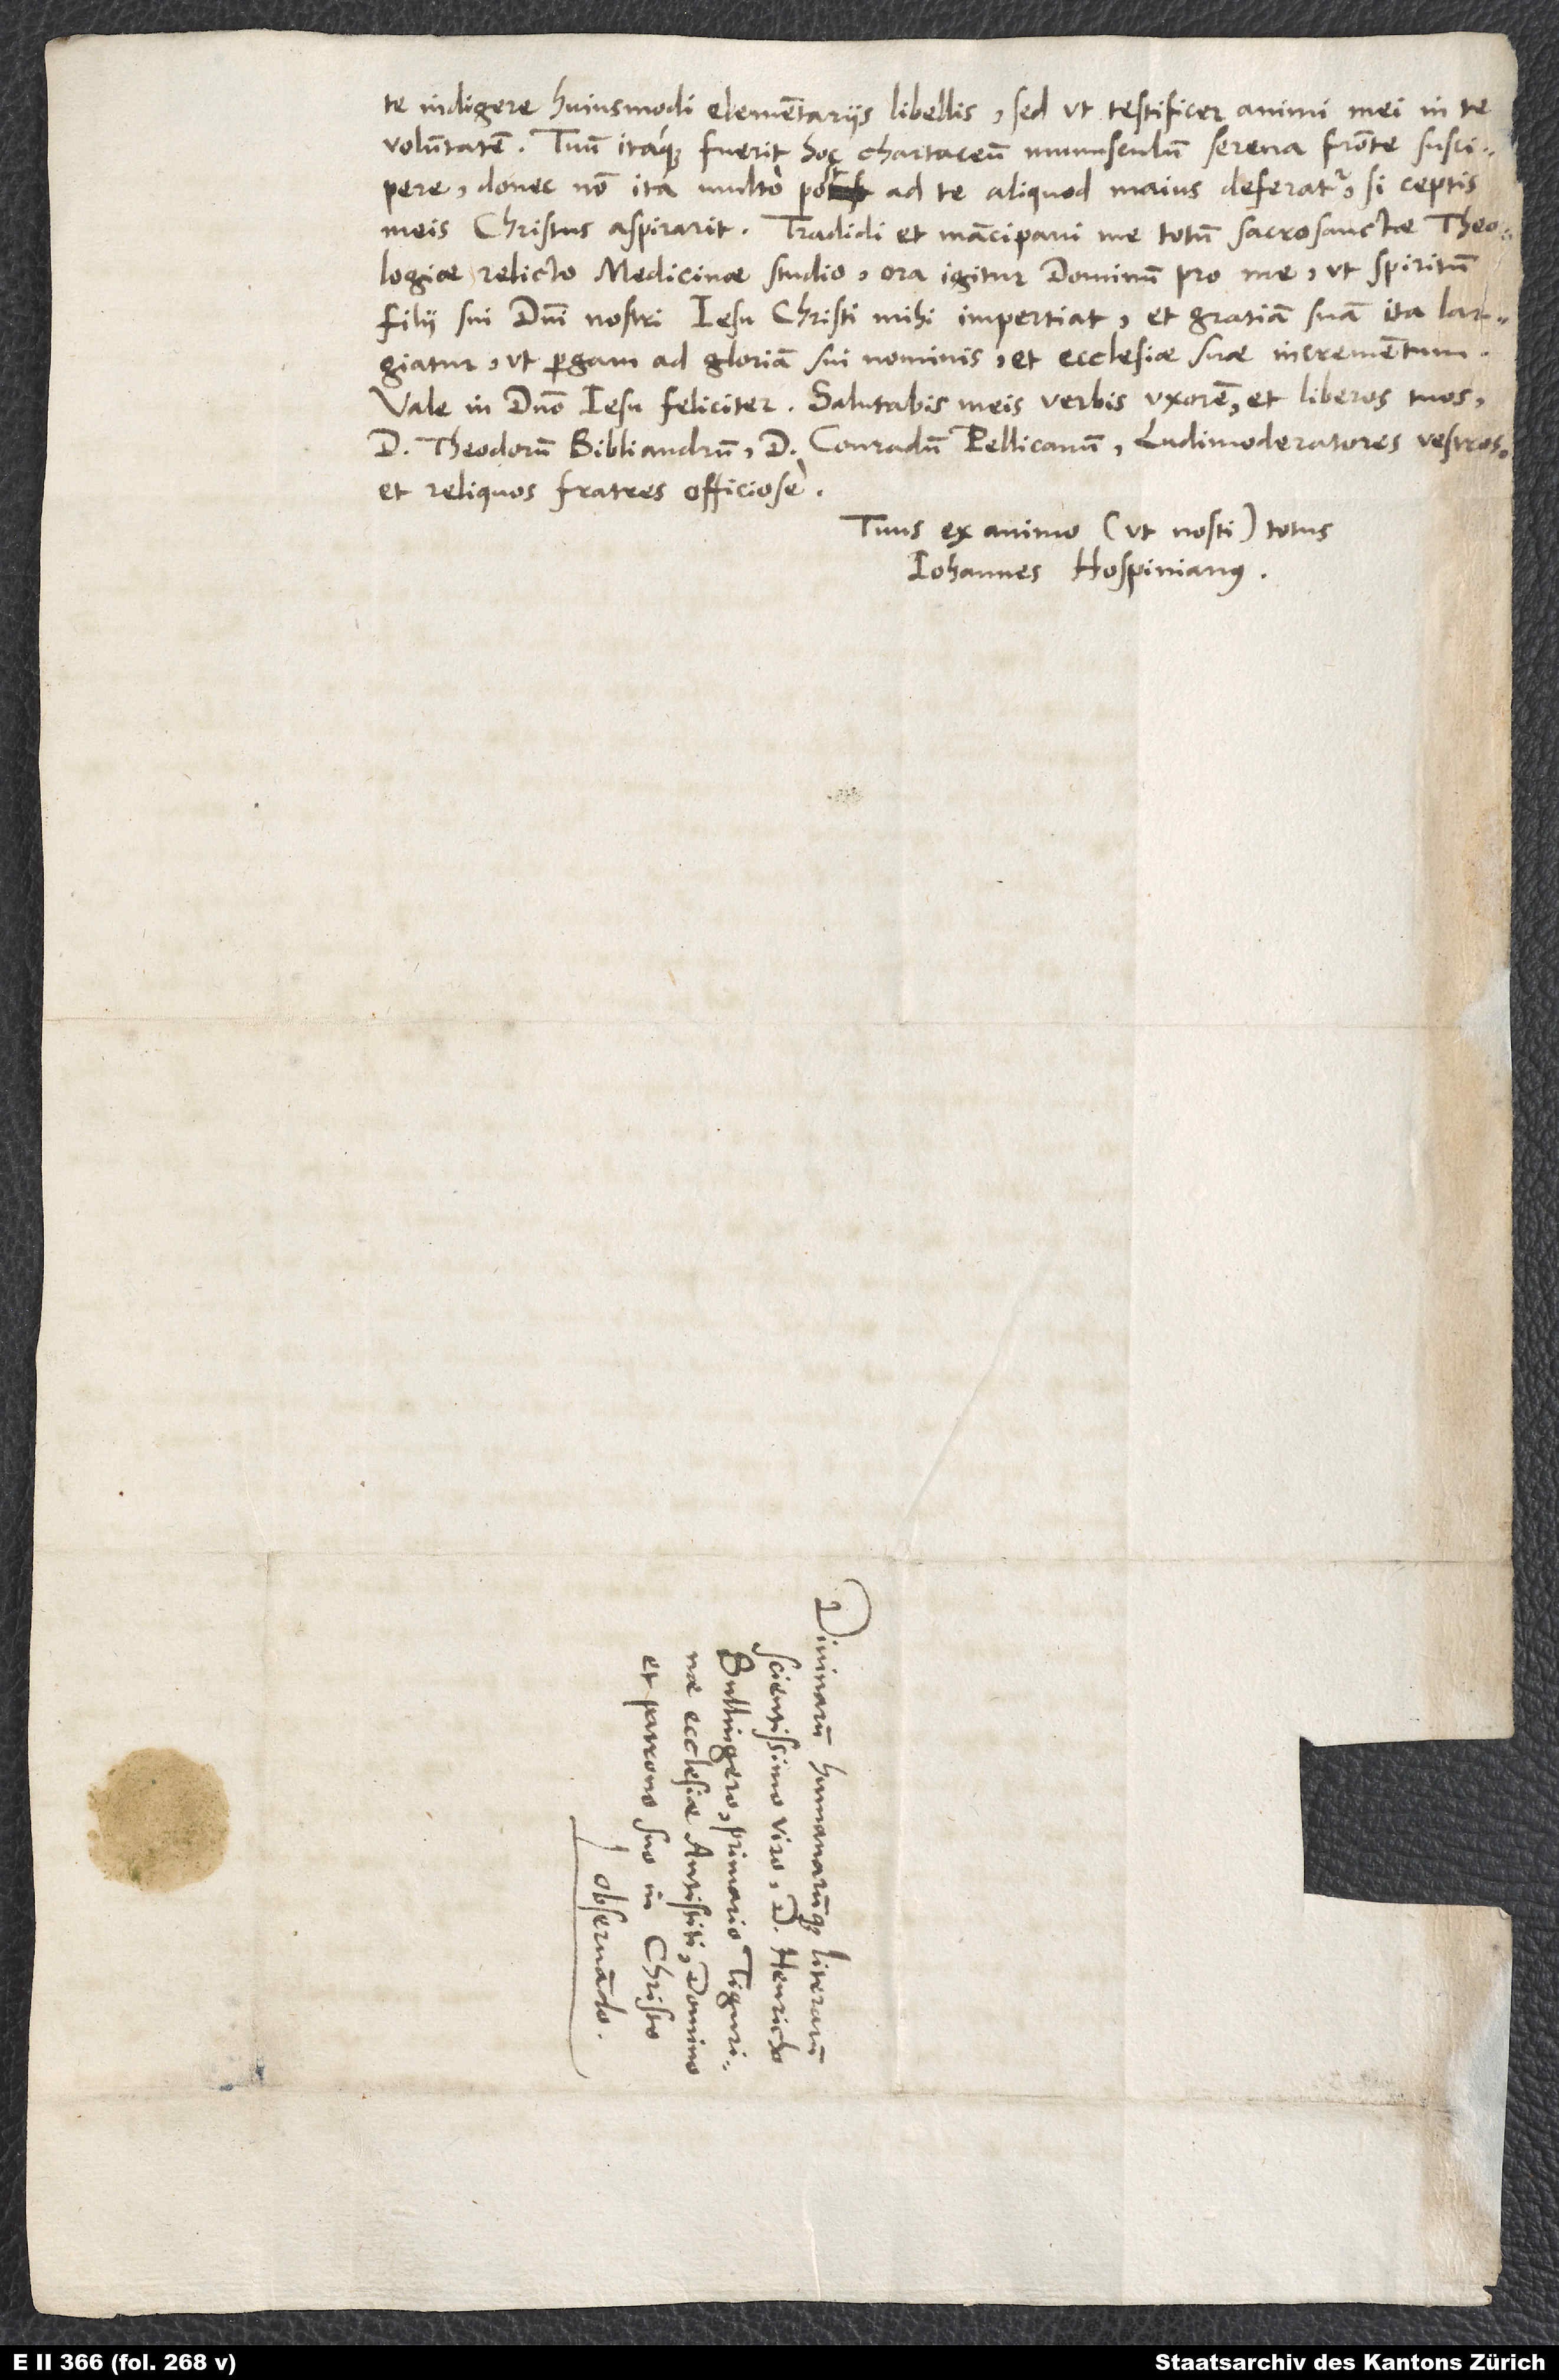
te indigere huiusmodi elementariis libellis, sed ut testificer animi mei in te
voluntatem. Tuum itaque fuerit hoc chartaceum munusculum serena fronte suscipere,
donec non ita multo post ad te aliquod maius deferatur, si ceptis
meis Christus aspirarit. Tradidi et mancipavi me totum sacrosanctae theologiae
relicto medicinae studio. Ora igitur dominum pro me, ut spiritum
filii sui, domini nostri Iesu Christi, mihi impertiat et gratiam suam ita largiatur,
ut pergam ad gloriam sui nominis et ecclesiae suae incrementum.
Vale in domino Iesu feliciter. Salutabis meis verbis uxorem et liberos tuos,
d. Theodorum Bibliandrum, d. Conradum Pellicanum, ludimoderatores vestros
et reliquos fratres officiose.
Tuus ex animo (ut nosti) totus
Iohannes Hospinianus.